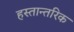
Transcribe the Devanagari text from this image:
हस्तान्तरिक